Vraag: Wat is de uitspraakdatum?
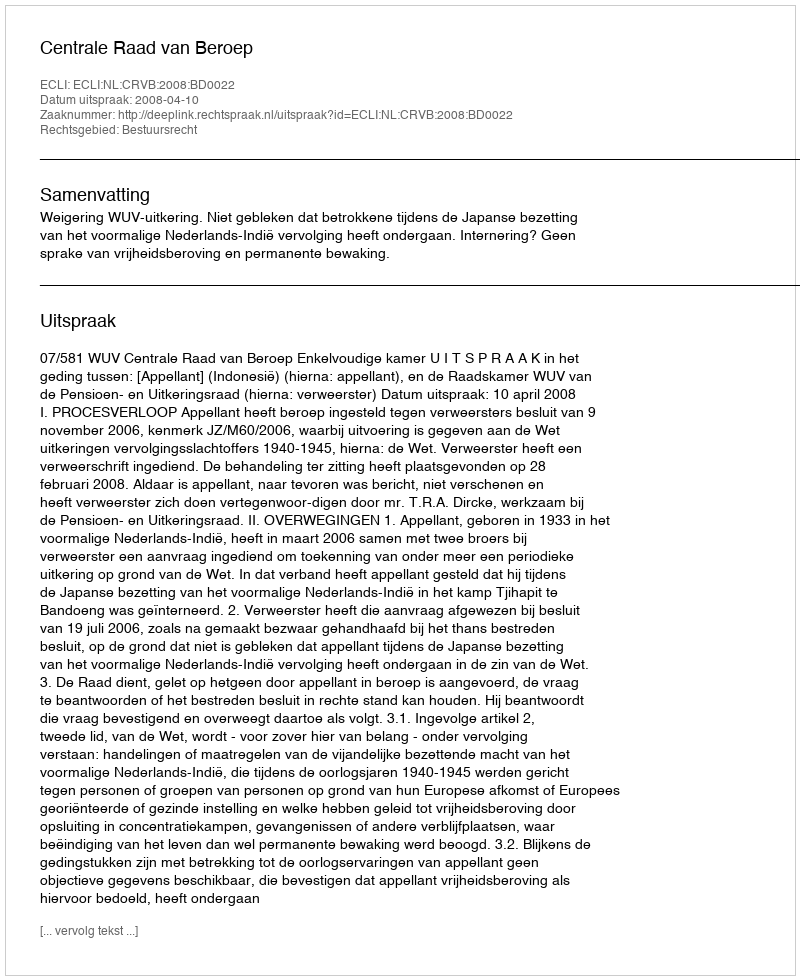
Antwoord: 2008-04-10